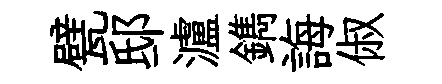
甓邸瀘鐫誨俶